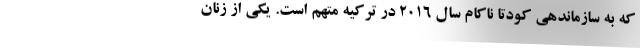
که به سازماندهی کودتا ناکام سال ۲۰۱۶ در ترکیه متهم است. یکی از زنان